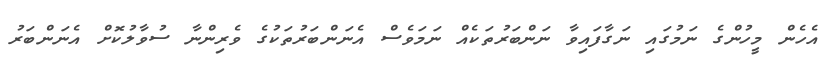
އެހެން މީހުންގެ ނަމުގައި ނަގާފައިވާ ނަންބަރުތަކެއް ނަމަވެސް އެނަންބަރުތަކުގެ ވެރިންނާ ސުވާލުކޮށް އެނަންބަރު